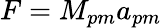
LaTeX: {F=M_{pm}a_{pm}}